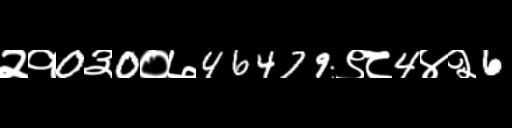
Text: २१0३0०७46479९८4४२6